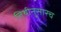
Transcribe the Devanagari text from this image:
तिथीनुसारच